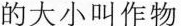
的大小叫作物